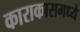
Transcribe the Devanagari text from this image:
काराकासमध्ये